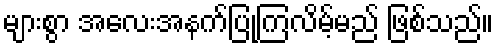
များစွာ အလေးအနက်ပြုကြလိမ့်မည် ဖြစ်သည်။